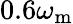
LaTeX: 0.6\omega_{\mathrm{m}}